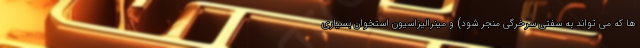
ها که می تواند به سفتی سرخرگی منجر شود) و مینرالیزاسیون استخوان بسیاری